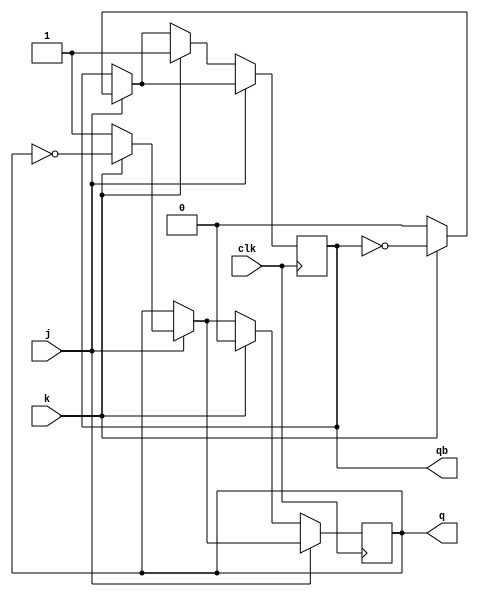
module jkff(input j , input k , input clk , output reg q , output reg qb);
initial q=0;
always @(posedge clk)begin
    if(j)begin
        if(k)begin
            q=~q;
            qb=~qb;
        end
        if(~k)begin
            q=1;
            qb=0;
        end
    end
    if(~j)begin
        if(k)begin
            q=0;
            qb=1;
        end
    end
end
endmodule